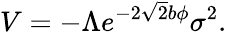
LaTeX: V=-\Lambda e^{-2\sqrt{2}b\phi}\sigma^{2}.